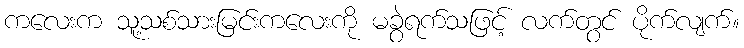
ကလေးက သူ့သစ်သားမြင်းကလေးကို မခွဲရက်သဖြင့် လက်တွင် ပိုက်လျက်။